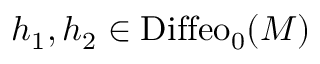
h _ { 1 } , h _ { 2 } \in \mathrm { D i f f e o } _ { 0 } ( M )